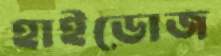
হাইডোজ